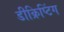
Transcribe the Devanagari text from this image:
डीक्रिप्टिंग